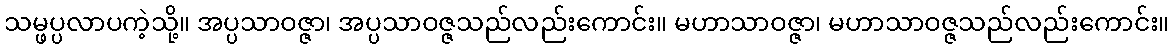
သမ္ဖပ္ပလာပကဲ့သို့။ အပ္ပသာဝဇ္ဇာ၊ အပ္ပသာဝဇ္ဇသည်လည်းကောင်း။ မဟာသာဝဇ္ဇာ၊ မဟာသာဝဇ္ဇသည်လည်းကောင်း။